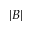
| B |